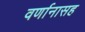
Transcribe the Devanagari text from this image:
वर्णानासह